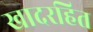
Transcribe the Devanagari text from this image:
खादरहित